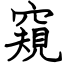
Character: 窺